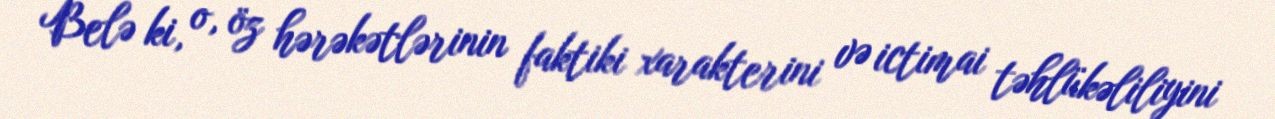
Belə ki, o, öz hərəkətlərinin faktiki xarakterini və ictimai təhlükəliliyini